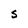
Character: S